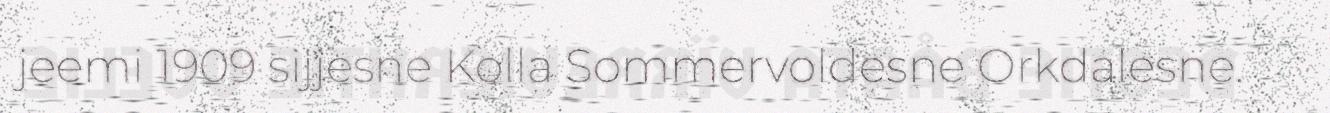
jeemi 1909 sijjesne Kolla Sommervoldesne Orkdalesne.